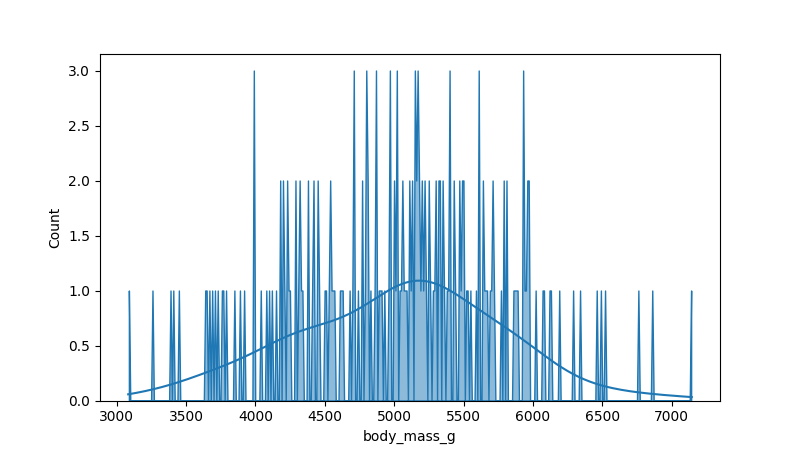
python, seaborn, histplot, hue='all', binwidth=10, bins='auto', element='poly'